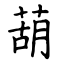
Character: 葫